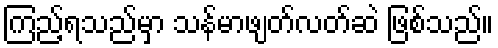
ကြည့်ရသည်မှာ သန်မာဖျတ်လတ်ဆဲ ဖြစ်သည်။